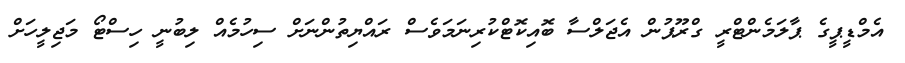
އެމްޑީޕީގެ ޕާލަމެންޓްރީ ގްރޫޕުން އެޖަލްސާ ބޮއިކޮޓްކުރިނަމަވެސް ރައްޔިތުންނަށް ސިހުމެއް ލިބުނީ ހިސްޓޯ މަޖިލީހަށް